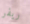
ريفر